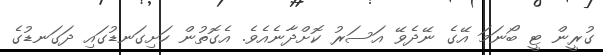
ގުރީން ޓީ ބޯނަމަ އޭގެ ނޭދެވޭ އަސަރު ކޮށްދާނެއެވެ. އެގޮތުން ހަށިގަނޑުގައި ދަގަނޑުގެ